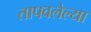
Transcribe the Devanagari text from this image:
तापवलेल्या